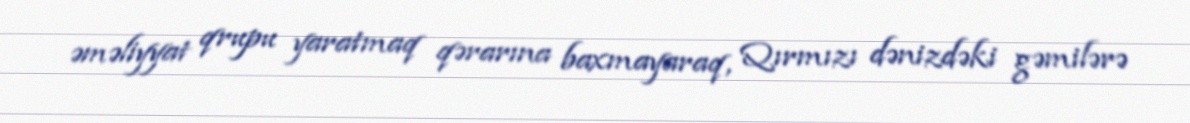
əməliyyat qrupu yaratmaq qərarına baxmayaraq, Qırmızı dənizdəki gəmilərə